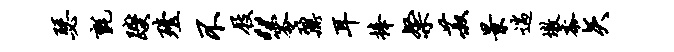
瑟毡躞殪不屐“零鼐耳捧粲菽景遄墩黍矢